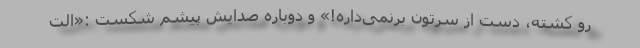
رو کشته، دست از سرتون برنمی‌داره!» و دوباره صدایش پیشم شکست :«الت